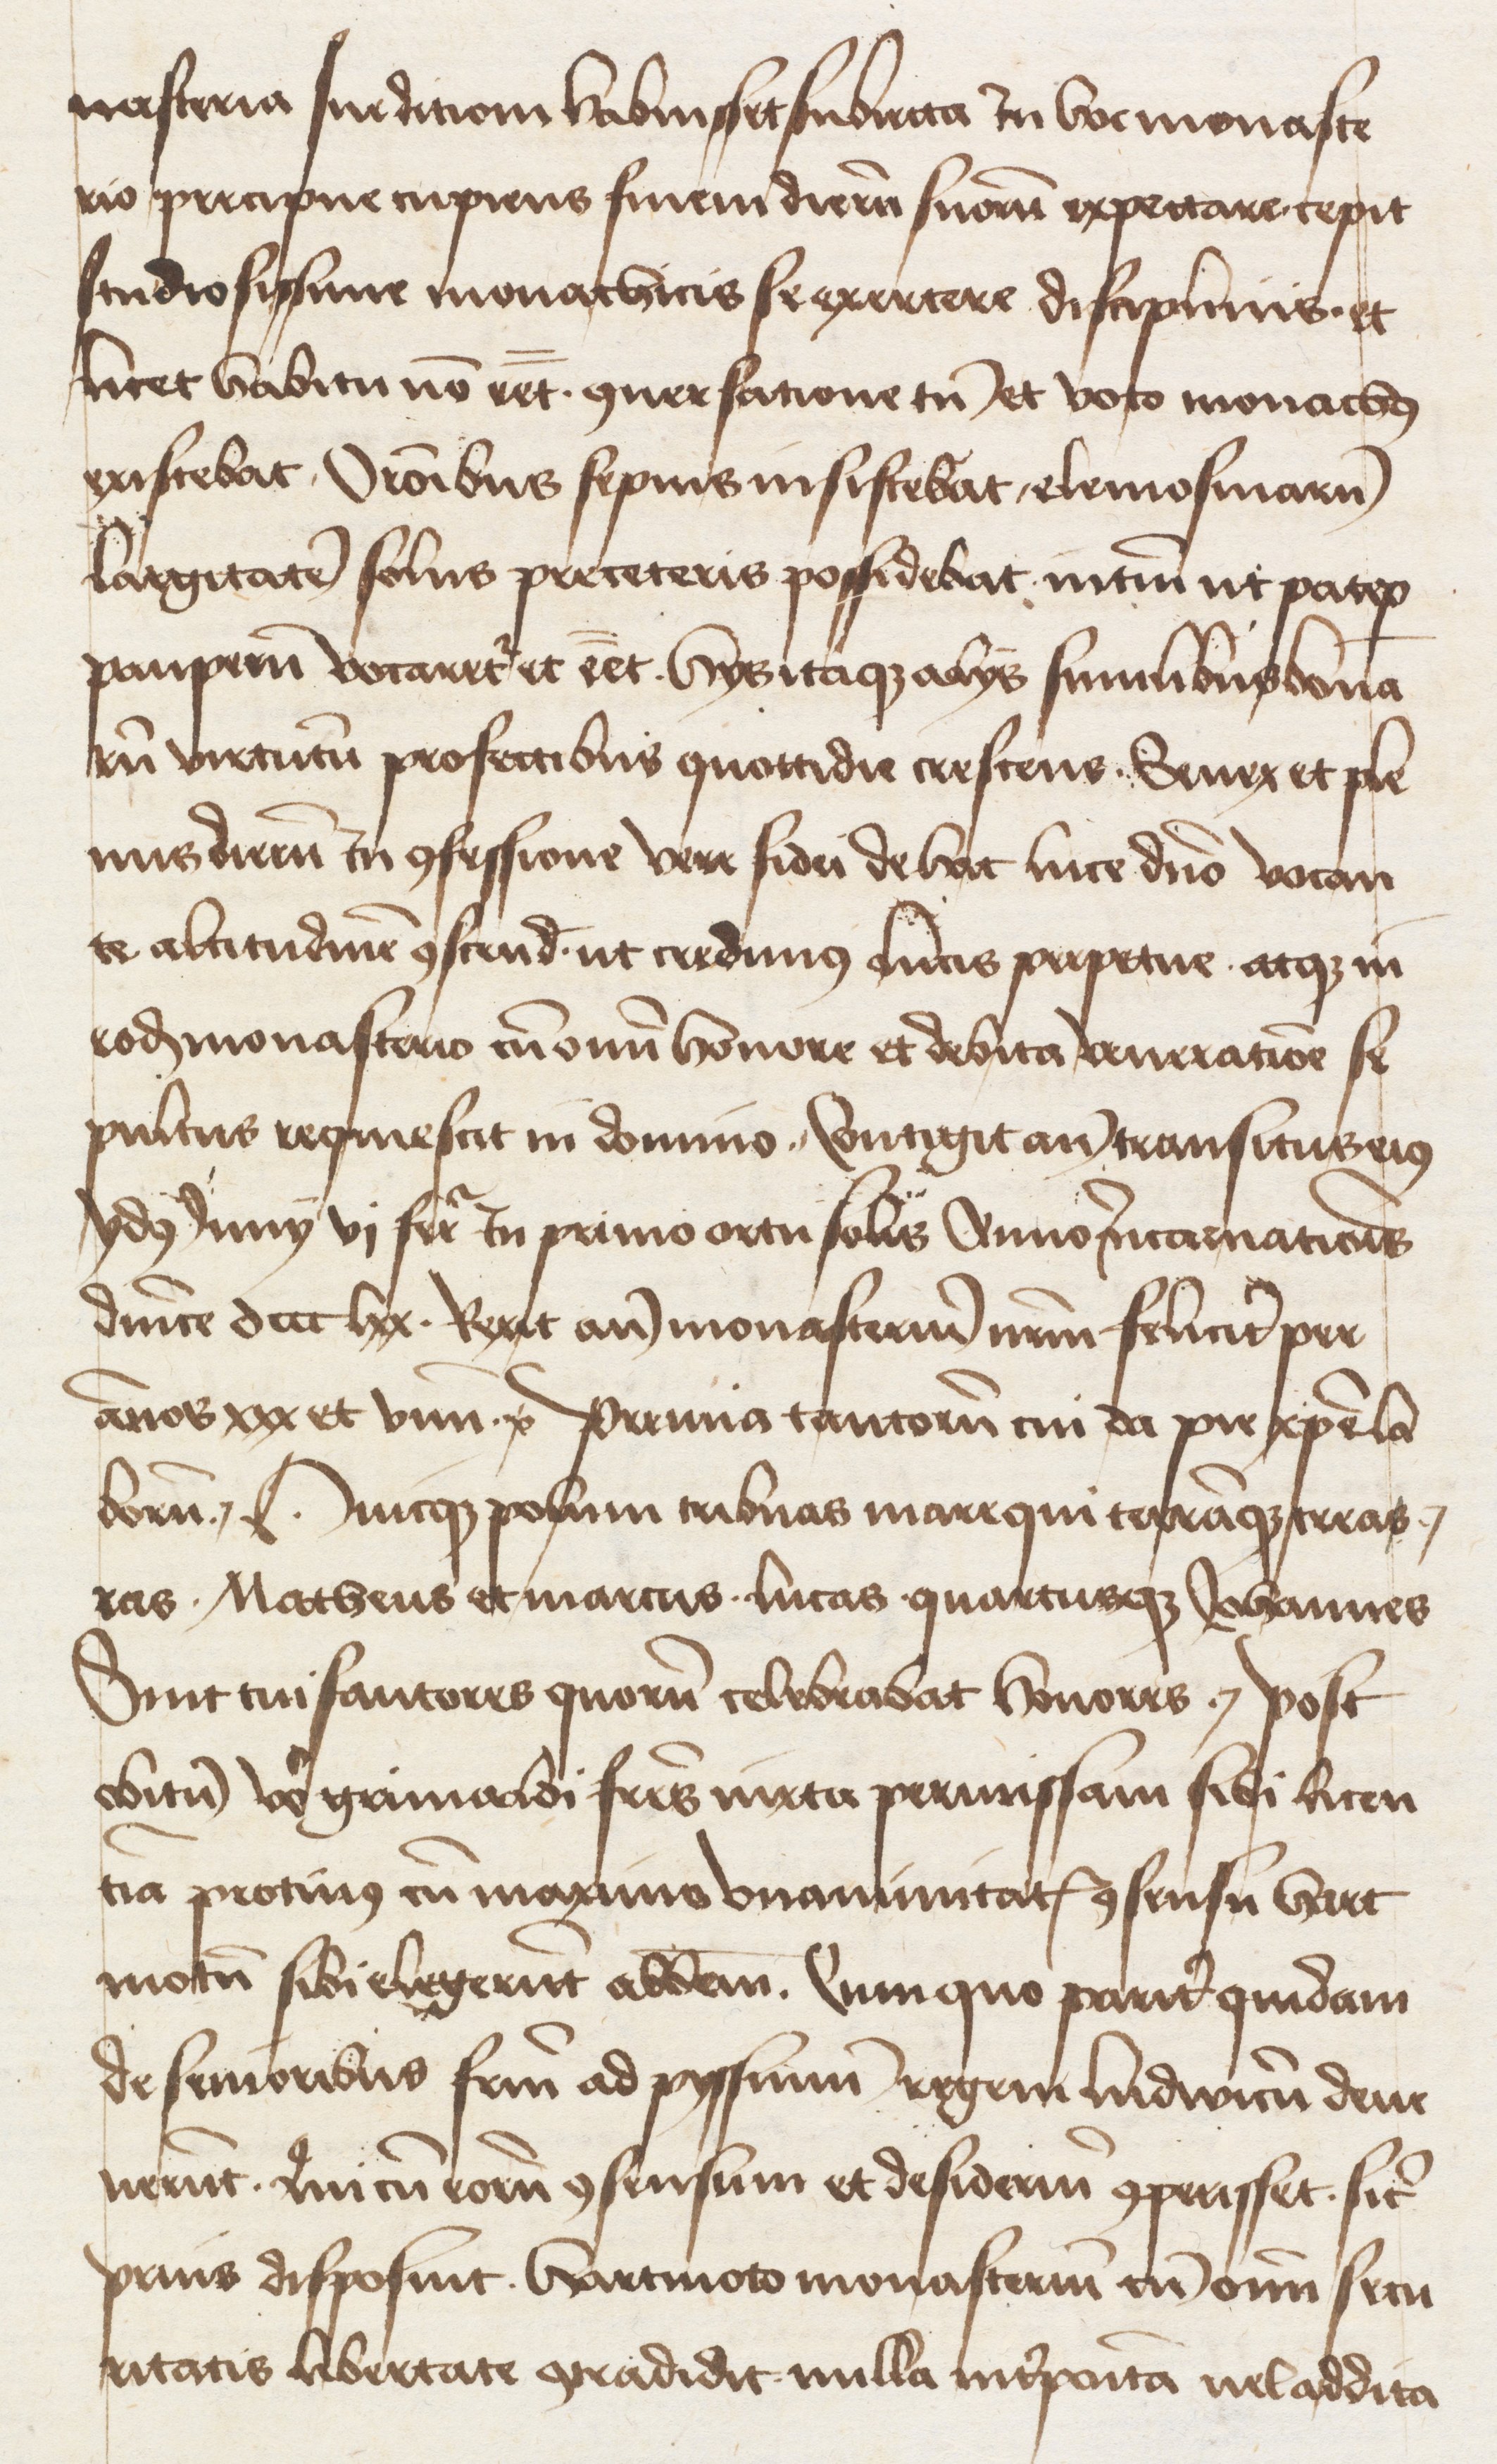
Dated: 1400–1499